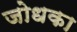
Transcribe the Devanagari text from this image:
जोधका